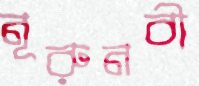
নূরুনবী